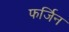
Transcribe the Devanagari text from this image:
फर्जिन